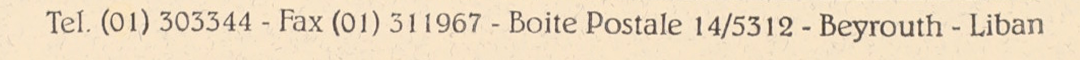
Tel. (01) 303344 - Fax (01) 311967 - Boite Postale 14/5312 - Beyrouth - Liban